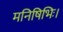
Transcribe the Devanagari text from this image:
मनिषिभिः।